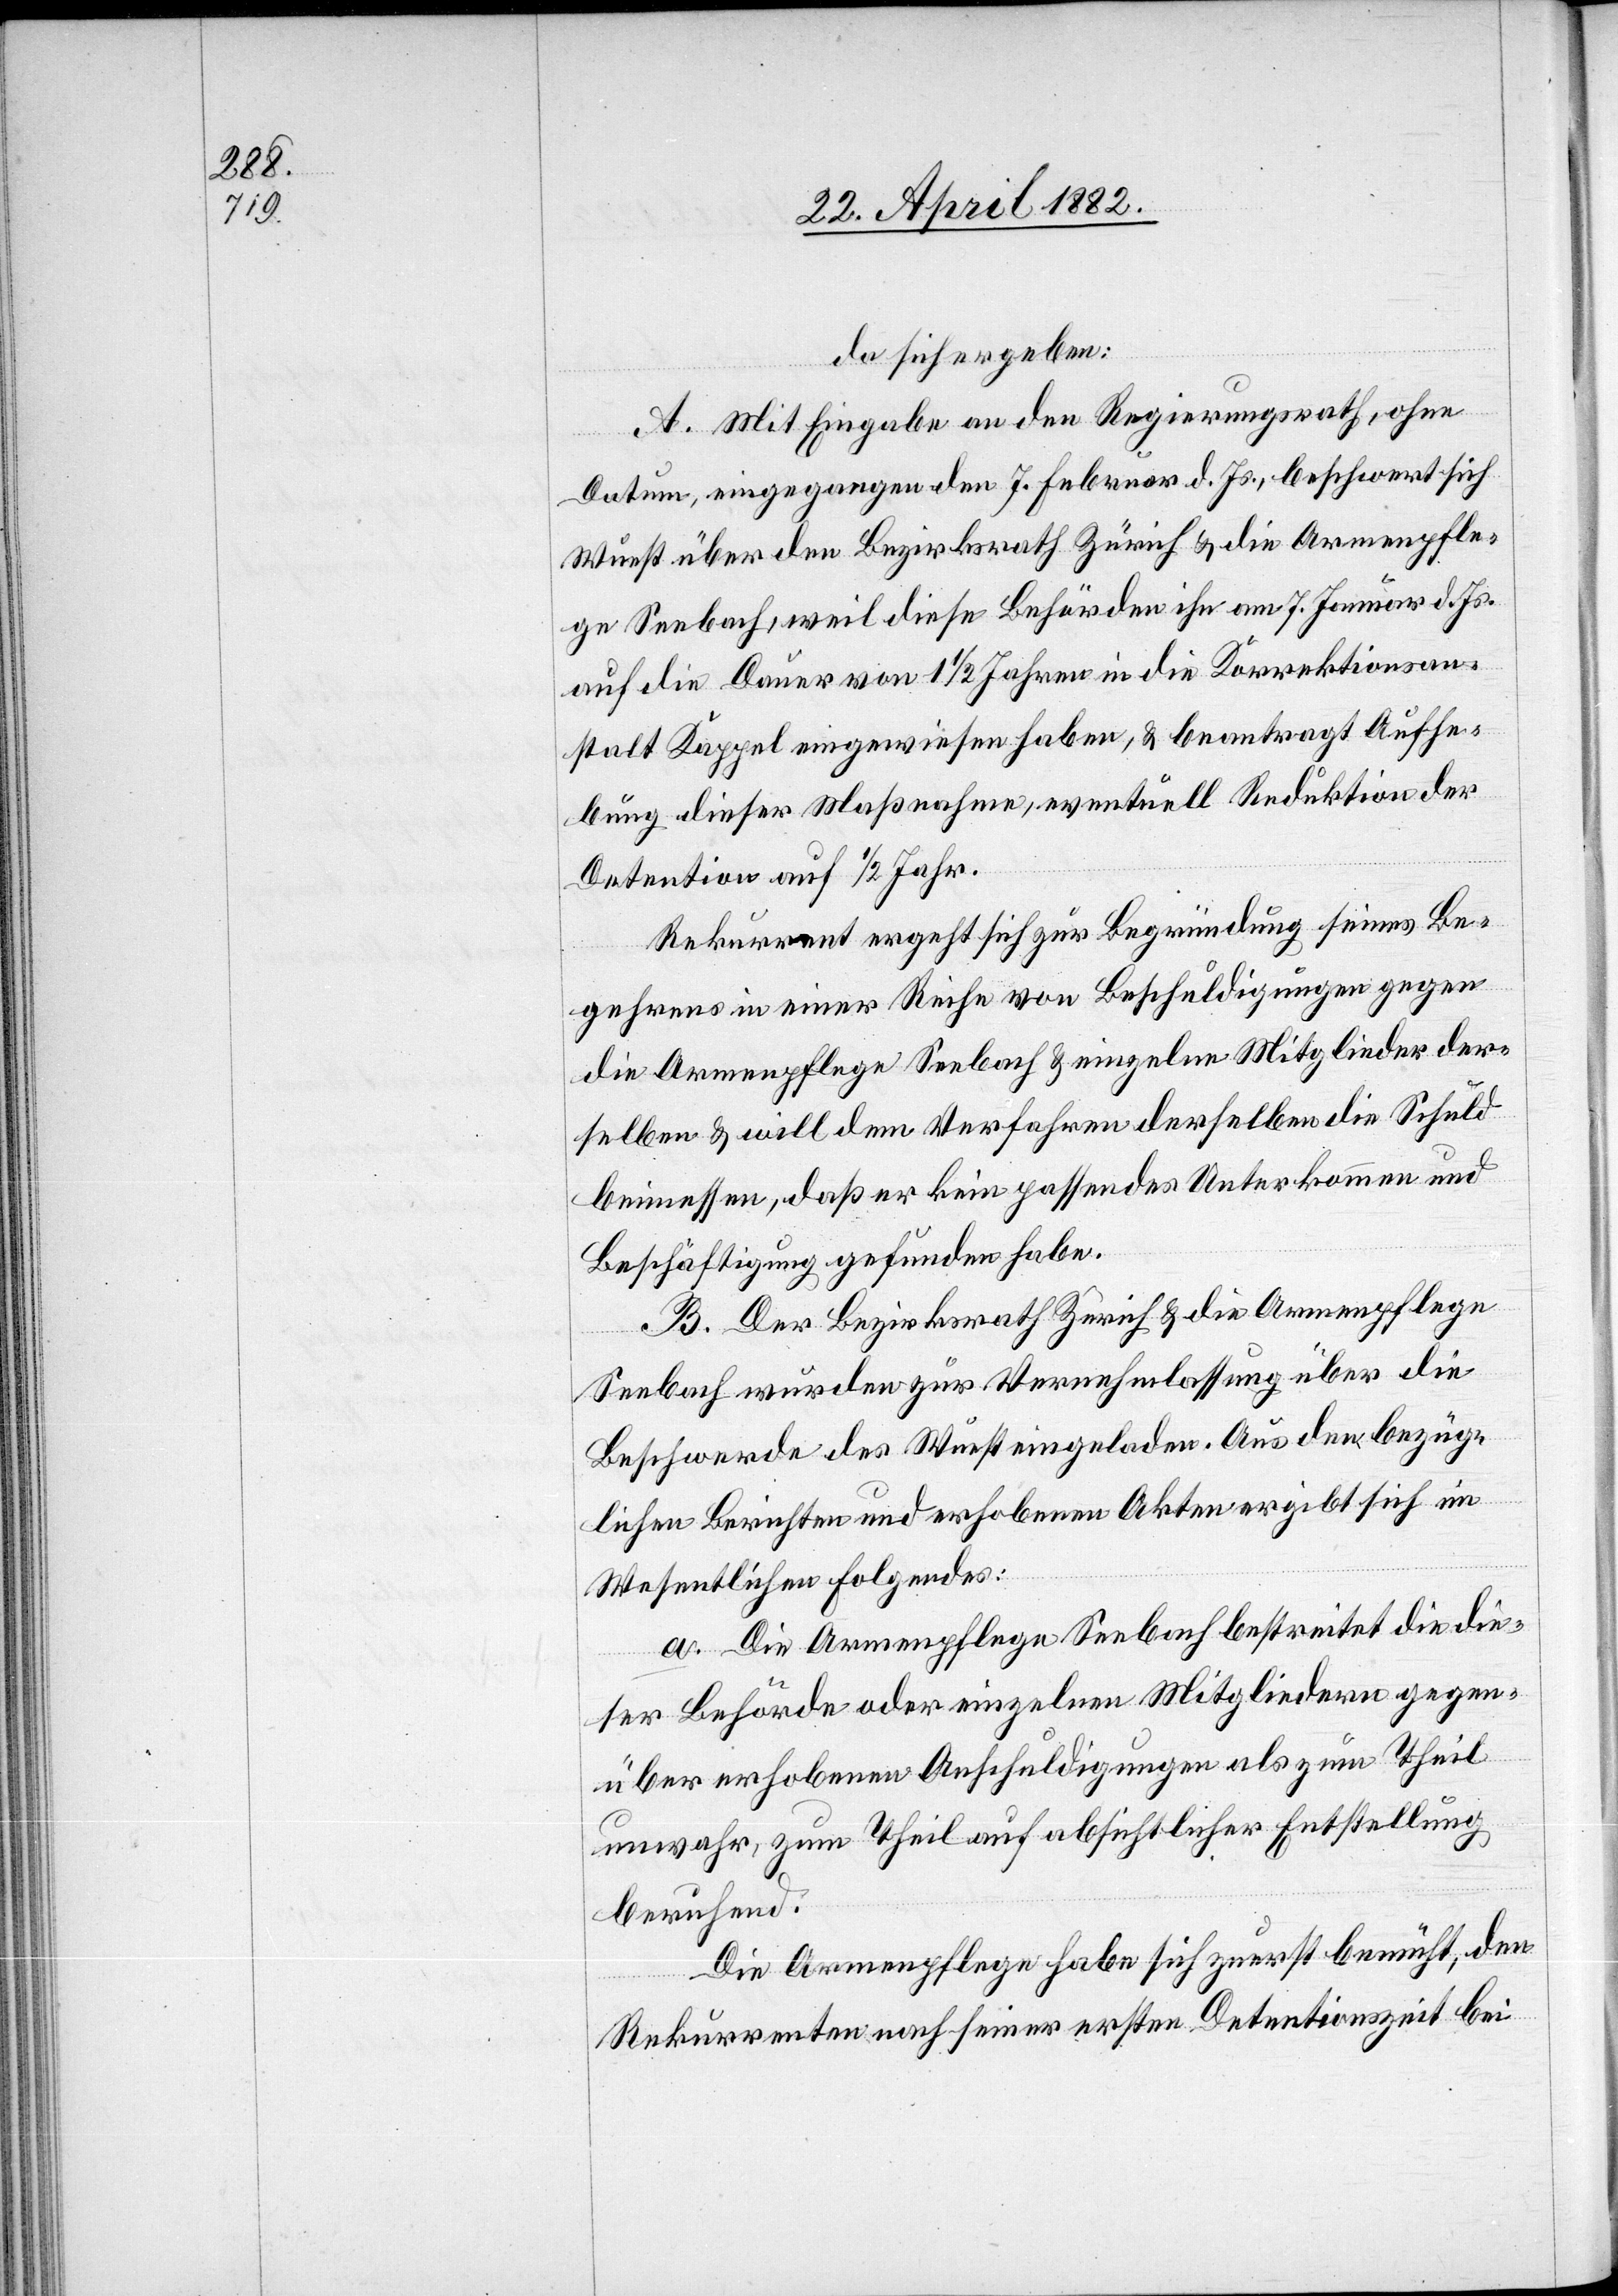
da sich ergeben:
A. Mit Eingabe an den Regierungsrath, ohne
Datum, eingegangen den 7. Februar d. Js., beschwert sich
Wuest über den Bezirksrath Zürich & die Armenpfle¬
ge Seebach, weil diese Behörden ihn am 7. Januar d. Js.
auf die Dauer von 1 1/2 Jahren in die Korrektionsan¬
stalt Kappel eingewiesen haben, & beantragt Aufhe¬
bung dieser Maßnahme, eventuell Reduktion der
Detention auf 1/2 Jahr.
Rekurrent ergeht sich zur Begründung seines Be¬
gehrens in einer Reihe von Beschuldigungen gegen
die Armenpflege Seebach & einzelne Mitglieder der¬
selben & will dem Verfahren derselben die Schuld
beimessen, daß er kein passendes Unterkommen und
Beschäftigung gefunden habe.
B. Der Bezirksrath Zürich & die Armenpflege
Seebach wurde zur Vernehmlassung über die
Beschwerde des Wuest eingeladen. Aus den bezüg¬
lichen Berichten und erhobenen Akten ergibt sich im
Wesentlichen Folgendes:
a. Die Armenpflege Seebach bestreitet die die¬
ser Behörde oder einzelnen Mitgliedern gegen¬
über erhobenen Anschuldigungen als zum Theil
unwahr, zum Theil auf absichtlicher Entstellung
beruhend.
Die Armenpflege habe sich zuerst bemüht, den
Rekurrenten nach seiner ersten Detentionszeit bei